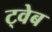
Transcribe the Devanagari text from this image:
ट्वेब